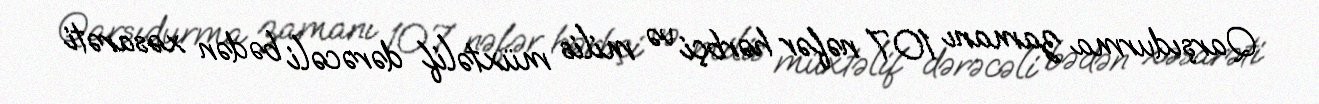
Qarşıdurma zamanı 107 nəfər hərbçi və milis müxtəlif dərəcəli bədən xəsarəti